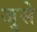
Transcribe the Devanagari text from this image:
जुसे